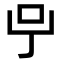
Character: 𠯃